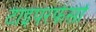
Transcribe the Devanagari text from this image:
टाइपरफेसों